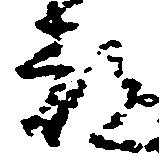
都